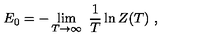
E _ { 0 } = - \lim _ { T \rightarrow \infty } \ { \frac { 1 } { T } } \ln Z ( T ) \ ,